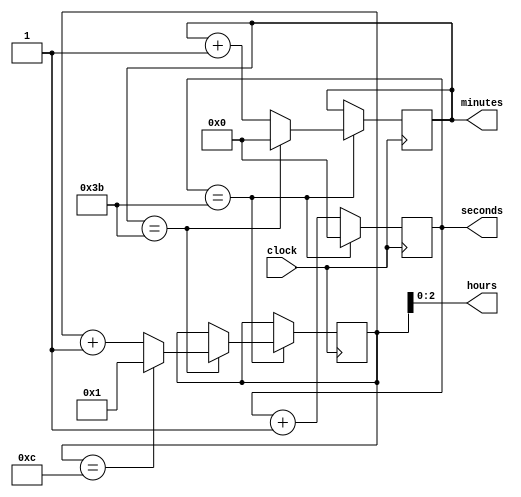
module binary_clock_divider (
    input wire clock,
    output wire [2:0] hours,
    output wire [5:0] minutes,
    output wire [5:0] seconds
);

reg [3:0] counter_hours;
reg [5:0] counter_minutes;
reg [5:0] counter_seconds;

always @ (posedge clock) begin
    if (counter_seconds == 59) begin
        counter_seconds <= 0;
        if (counter_minutes == 59) begin
            counter_minutes <= 0;
            if (counter_hours == 12) begin
                counter_hours <= 1;
            end
            else begin
                counter_hours <= counter_hours + 1;
            end
        end
        else begin
            counter_minutes <= counter_minutes + 1;
        end
    end
    else begin
        counter_seconds <= counter_seconds + 1;
    end
end

assign hours = counter_hours [2:0];
assign minutes = counter_minutes;
assign seconds = counter_seconds;

endmodule